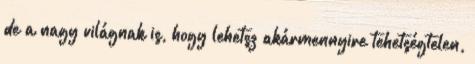
de a nagy világnak is, hogy lehetsz akármennyire tehetségtelen,